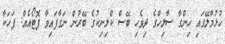
ހުޅުމާލޭގައި ހިންގާ ސާލިހްގެ ދިވެހި ބޭސް ކްލިނިކުގެ ބޭރުން ނަގާފައިވާ ފޮޓޯއެއް: ފަހަކާ